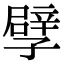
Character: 孹